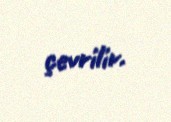
çevrilir.